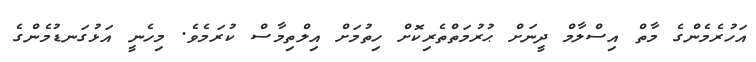
އަހުރެމެންގެ މާތް އިސްލާމް ދީނަށް ޙުރުމަތްތެރިކޮށް ހިތުމަށް އިލްތިމާސް ކުރަމެވެ. މިހެނީ އަޅުގަނޑުމެންގެ